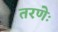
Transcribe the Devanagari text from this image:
तरणेः